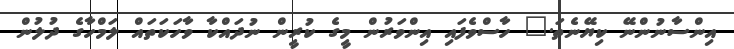
އިންސާނުންނޭ ކިޔޭނެތަ." ހާސްވެފައި އިންވަރުން މީގެ ކުރީން ނުދައްކާ ވާހަކަތައް ލަމްހާގެ ދުލުން